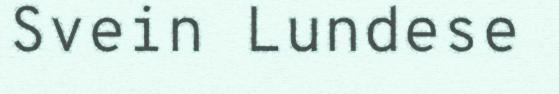
Svein Lundese